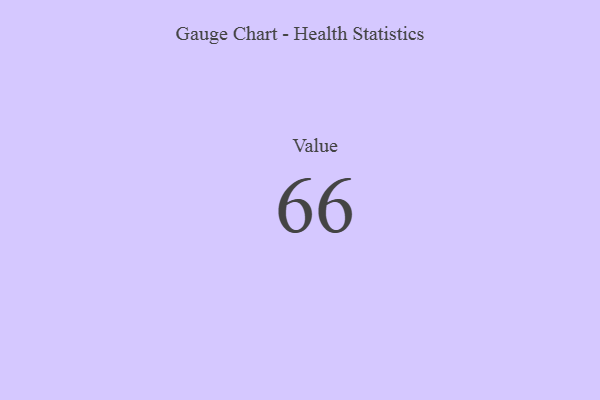
{"axis": {"x": "Metric", "y": "Value"}, "legend": [""], "data": [{"x": "Value", "y": 66, "type": ""}]}